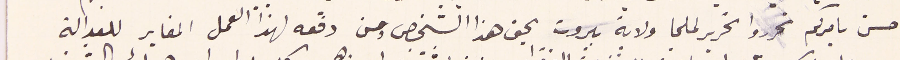
حسن بامركم تحرروا تحرير لملجا ولاية بيروت بحق هذا الشخص ومن دفعه لهذا العمل المغاير للعدالة